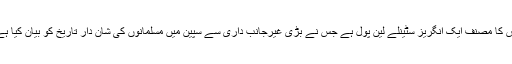
اس کا مصنف ایک انگریز سٹینلے لین پول ہے جس نے بڑی غیرجانب داری سے سپین میں مسلمانوں کی شان دار تاریخ کو بیان کیا ہے۔